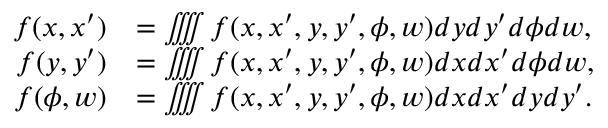
\begin{array} { r l } { f ( x , x ^ { \prime } ) } & { = \iiiint f ( x , x ^ { \prime } , y , y ^ { \prime } , \phi , w ) { d y } { d y ^ { \prime } } { d \phi } { d w } , } \\ { f ( y , y ^ { \prime } ) } & { = \iiiint f ( x , x ^ { \prime } , y , y ^ { \prime } , \phi , w ) { d x } { d x ^ { \prime } } { d \phi } { d w } , } \\ { f ( \phi , w ) } & { = \iiiint f ( x , x ^ { \prime } , y , y ^ { \prime } , \phi , w ) { d x } { d x ^ { \prime } } { d y } { d y ^ { \prime } } . } \end{array}